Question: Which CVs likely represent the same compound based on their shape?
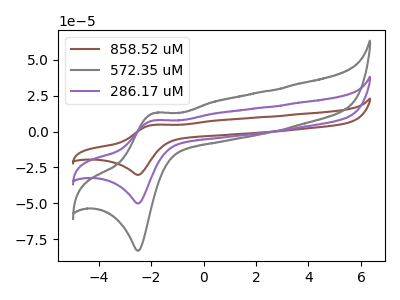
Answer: <think>The brown curve "858.52 uM" has an anodic peak at (-1.90V, 15.55uA) and a cathodic peak at (-2.50V, -100.20uA). The gray curve "572.35 uM" has an anodic peak at (-1.90V, 12.90uA) and a cathodic peak at (-2.50V, -83.05uA). The purple curve "286.17 uM" has an anodic peak at (-1.90V, 7.75uA) and a cathodic peak at (-2.50V, -50.10uA).
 All the peaks in "858.52 uM" have a peak in "572.35 uM" at the same potential. Every peak in "858.52 uM" is higher than every peak in "572.35 uM". All the peaks in "858.52 uM" have a peak in "286.17 uM" at the same potential. Every peak in "858.52 uM" is higher than every peak in "286.17 uM". All the peaks in "572.35 uM" have a peak in "286.17 uM" at the same potential. Every peak in "572.35 uM" is higher than every peak in "286.17 uM".</think>
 <answer>"572.35 uM", "858.52 uM" and "286.17 uM" have the same shape and are likely CV's of the same chemical.</answer>
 <eval>"572.35 uM" "858.52 uM" "286.17 uM"</eval>